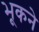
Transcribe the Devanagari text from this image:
भूकने